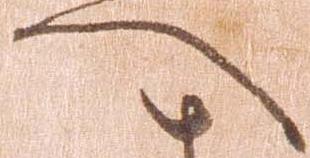
へ